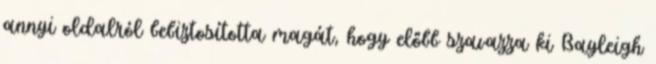
annyi oldalról bebiztosította magát, hogy előbb szavazza ki Bayleigh